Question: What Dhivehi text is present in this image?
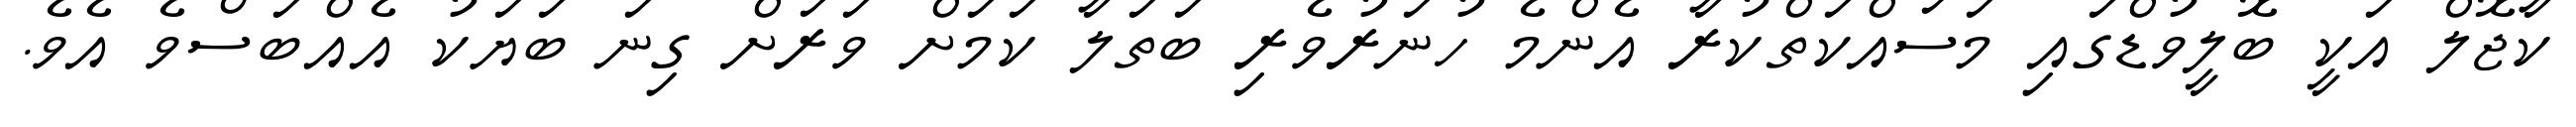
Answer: ކާޖޮލް އަކީ ބޮލީވުޑްގައި މަސައްކަތްކުރާ އެންމެ ހުނަރުވެރި ބަތަލާ ކަމަށް ވަރަށް ގިނަ ބަޔަކު އެއްބަސްވެ އެވެ.